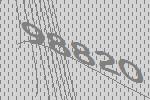
98820